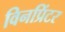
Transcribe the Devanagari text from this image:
विनप्रिंटर